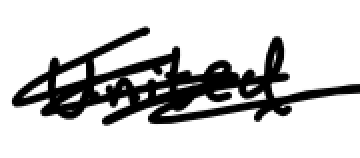
Text: United
Cross-out: mix
Writing tool: digital_black